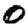
Digit: 0